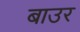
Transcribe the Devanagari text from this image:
बाउर